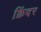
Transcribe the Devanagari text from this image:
क्रिंदर